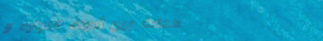
محلات بيع أدوات النجارة و